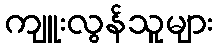
ကျူးလွန်သူများ